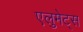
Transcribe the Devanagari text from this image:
एलुमेट्स